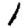
Digit: 1